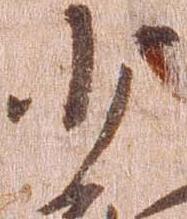
少